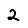
Digit: 2